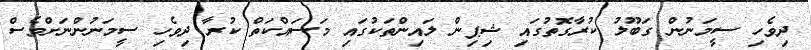
ދިވެހި ސީމަނުން ގަބޫލު ކުރާގޮތުގައި ޝިޕިން ލައިންތަކުގައި މަސައްކަތް ކުރާ ދިވެހި ސީމަނުންނަށްވެސް